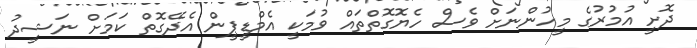
ދޮށީ އުމުރުގެ މީހުންނަށް ވެސް ހެޔޮގޮތްތައް ވުމަކީ އެމްޑީޕީން އެދޭގޮތް ކަމަށް ނަޝީދު